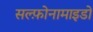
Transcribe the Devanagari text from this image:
सल्फ़ोनामाइडों